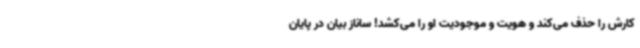
کارش را حذف می‌کند و هویت و موجودیت او را می‌کشد! ساناز بیان در پایان